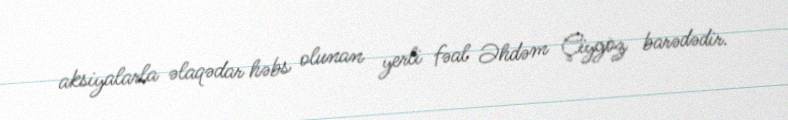
aksiyalarla əlaqədar həbs olunan yerli fəal Əhdəm Çiygöz barədədir.